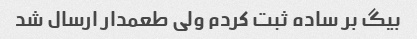
بیگ بر ساده ثبت کردم ولی طعمدار ارسال شد